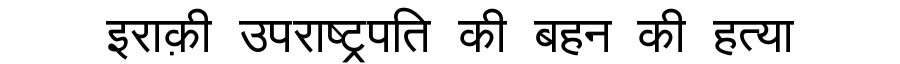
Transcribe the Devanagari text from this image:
इराक़ी उपराष्ट्रपति की बहन की हत्या